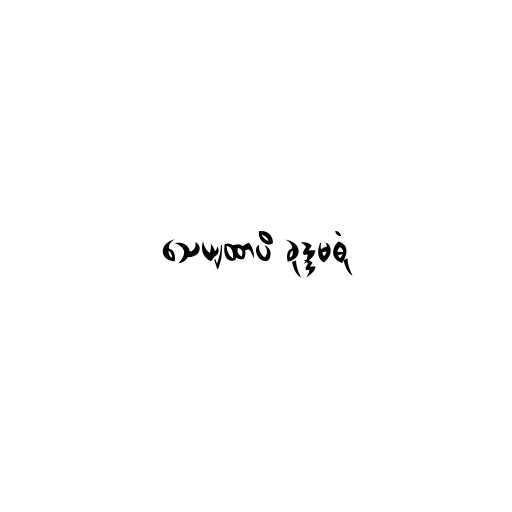
သေယျထာပိ ခုဒ္ဒမဓုံ